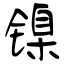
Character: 镍